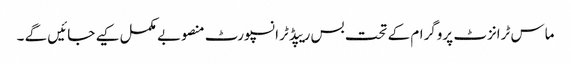
ماس ٹرانزٹ پروگرام کے تحت بس ریپڈ ٹرانسپورٹ منصوبے مکمل کیے جائیں گے ۔